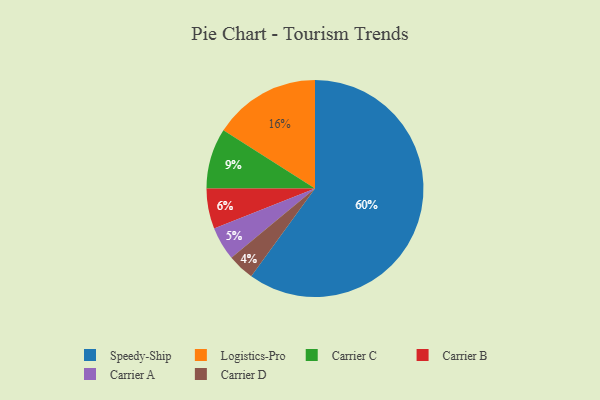
{"axis": {"x": "Category", "y": "Percentage"}, "legend": ["Carrier A", "Carrier B", "Carrier C", "Carrier D", "Logistics-Pro", "Speedy-Ship"], "data": [{"x": "Speedy-Ship", "y": 60, "type": "Speedy-Ship"}, {"x": "Carrier B", "y": 6, "type": "Carrier B"}, {"x": "Logistics-Pro", "y": 16, "type": "Logistics-Pro"}, {"x": "Carrier D", "y": 4, "type": "Carrier D"}, {"x": "Carrier C", "y": 9, "type": "Carrier C"}, {"x": "Carrier A", "y": 5, "type": "Carrier A"}]}